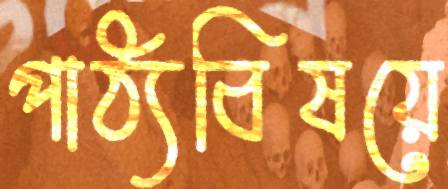
পাঠ্যবিষয়ে